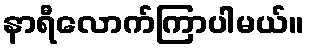
နာရီလောက်ကြာပါမယ်။